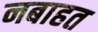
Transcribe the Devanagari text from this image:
नबाहत